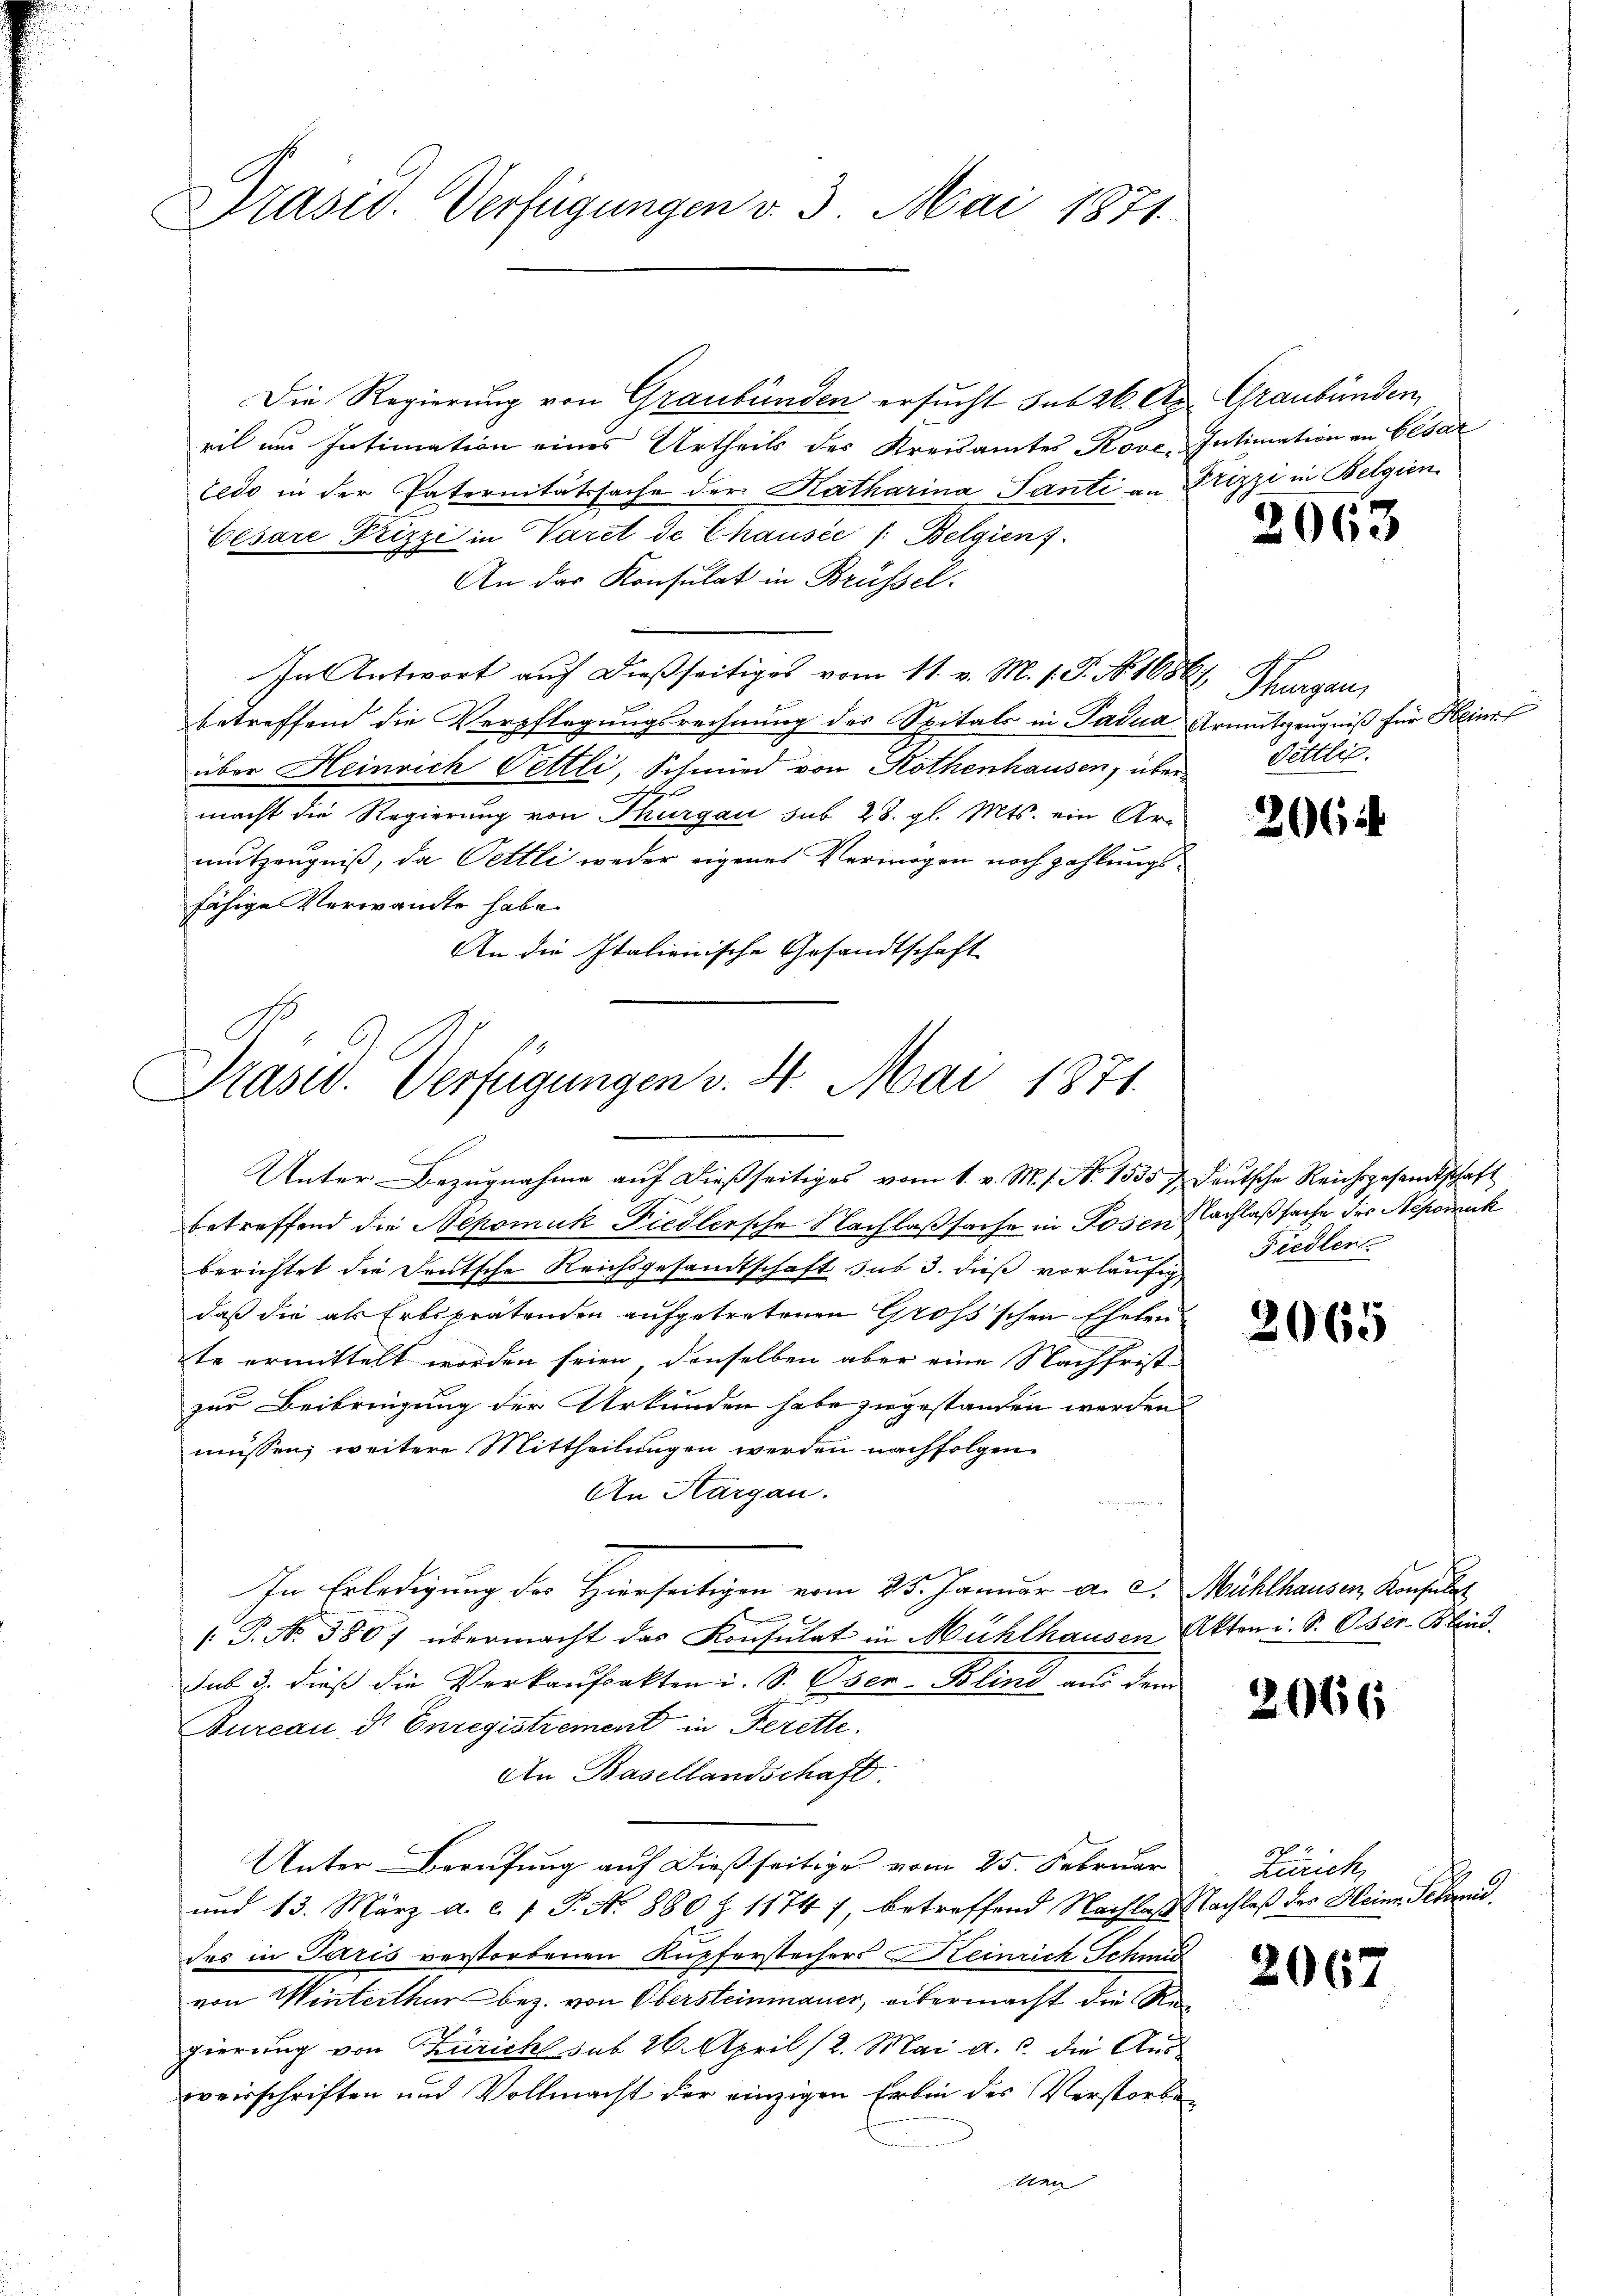
Präsid. Verfügungen v. 3. Mai 1871.

Die Regierung von Graubünden ersucht sub 26. Ap. Graubünden
ril und Intimation eines Urtheils des Kreisamtes Kove-
ledo in der Paternitätssache der Katharina Santi an Frizzi in Belgien
Cesare Frizzi in Varet de Chausée /: Belgienf
An das Konsulat in Brüssel.
In Antwort auf dießseitiges vom 11. v. M. v. J. No. 1686, Thurgau,
betreffend die Verpflegungsrechnung des Spitals in Padua Armutszeugniß für Heim
über Heinrich Pettli, Schmied von Rothenhausen, über

macht die Regierung von Thurgau sub 28. gl. Mts. ein Arr
mutzeugniß, da Pettli weder eigenes Vermögen noch zahlungsfähige Verwandte habe
An die Italienische Gesandtschaft

Präsid. Verfügungen v. 4. Mai 1871.

Unter Bezugnahme auf dießseitiges vom 1. v. M. s. No 1535 u Deutsche Reichsgesandtschaft
betreffend die Nepomuk Fiedlersche Nachlaßsache in Posen Nachlaßsache des Nepomuk
berichtet die Deutsche Reichsgesandtschaft sub 3. dieß vorläufig
daß die als Erbsprätenden aufgetretenen Großs'schen Ehelen
te ermittelt worden seien, denselben aber eine Nachfrist
zur Beibringung der Urkunden habe zugestanden werden
müssen, weitere Mittheilungen werden nachfolgen
An Thurgau.
In Erledigung der Hierseitigen vom 25. Januar a. d. Mühlhausen Konsulat
xx
/T. No. 380; übermacht das Konsulat in Mühlhausen Akten i. S. Ober-Blind.
sub 3. dieß die Verkaufsakten u. S. 4 der Blind aus dem
Bureau d. Enregistrement in Ferette.
An Basellandschaft.
Unter Berufung auf dießseitige vom 25. Februar
und 13. März a. c. 1 P. Nr. 880 Z. 1174), betreffend Nachlaß Nachlaß des Heine Schrei
des in Paris verstorbenen Kupferstechers einrich Schmi
von Winterthur bez. von Obersteinmauer, übermacht die Regierung von Zürich sub 26. April 12. Mai a. c. die Aus-
overschriften und Vollmacht der einzigen Erben des Verstorben
tien

Intimation an Cesar

2663

Oettlis.

2064

Fiedler

2065

2066

Zürich,

2067